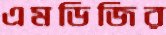
এমডিজির